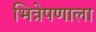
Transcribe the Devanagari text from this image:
भित्रेपणाला